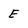
Character: E